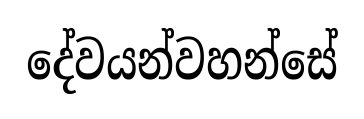
දේවයන්වහන්සේ